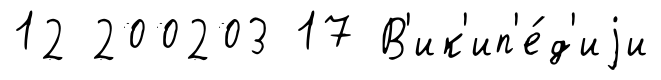
12 200203 17 В'ик'ип'е́д'иjи